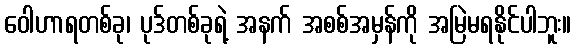
ဝေါဟာရတစ်ခု၊ ပုဒ်တစ်ခုရဲ့ အနက် အစစ်အမှန်ကို အမြဲမရနိုင်ပါဘူး။